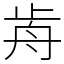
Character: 歬